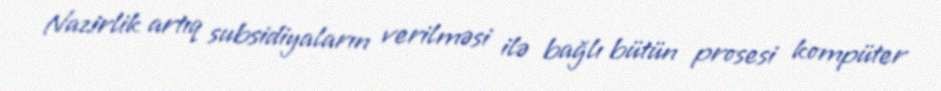
Nazirlik artıq subsidiyaların verilməsi ilə bağlı bütün prosesi kompüter